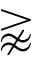
\gnapprox